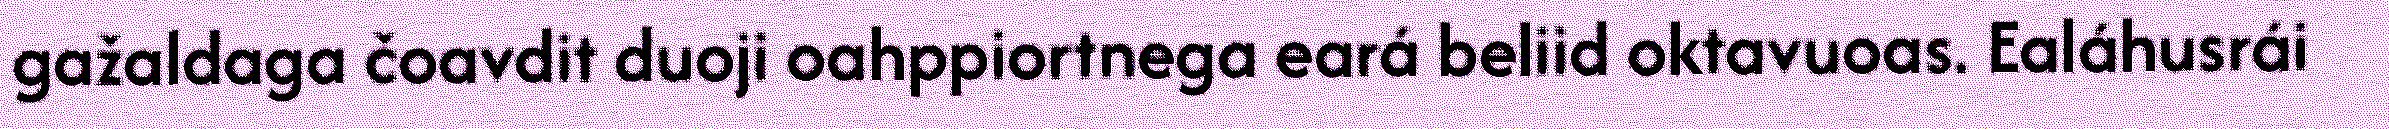
gažaldaga čoavdit duoji oahppiortnega eará beliid oktavuoas. Ealáhusrái